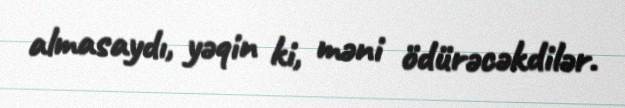
almasaydı, yəqin ki, məni ödürəcəkdilər.